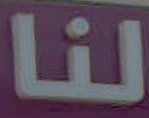
لنا